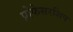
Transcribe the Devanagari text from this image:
प्रोफेसरशिप